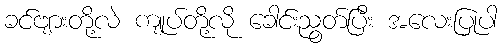
ခင်ဗျားတို့လဲ ကျုပ်တို့လို ခေါင်းညွတ်ပြီး အလေးပြုပါ